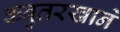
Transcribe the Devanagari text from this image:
कबुतरखाने